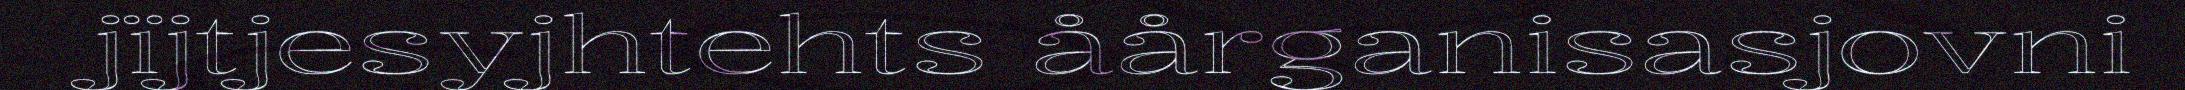
jïjtjesyjhtehts åårganisasjovni